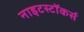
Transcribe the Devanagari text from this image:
नाइटस्टॉकर्स